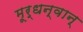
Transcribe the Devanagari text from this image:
मूर्धन्वान्